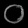
Digit: ၀